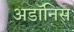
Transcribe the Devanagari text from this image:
अडॉनिस